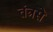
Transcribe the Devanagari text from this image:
तंत्रसे